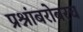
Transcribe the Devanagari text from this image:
प्रश्नांबरोबरच